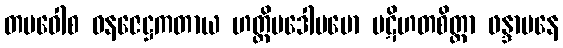
တမဝေါစ ဝနဇေဋ္ဌကတာယ ဟတ္ထိပဒေါပမော ပဋိဟတစိတ္တာ ဖန္ဒာပနေ